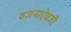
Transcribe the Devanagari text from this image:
वजनाऐवजी